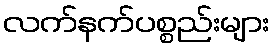
လက်နက်ပစ္စည်းများ